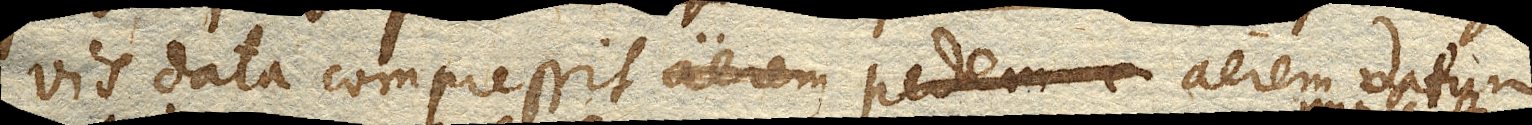
vis data compressit aerem pedem aerem datum